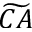
\widetilde { C A }